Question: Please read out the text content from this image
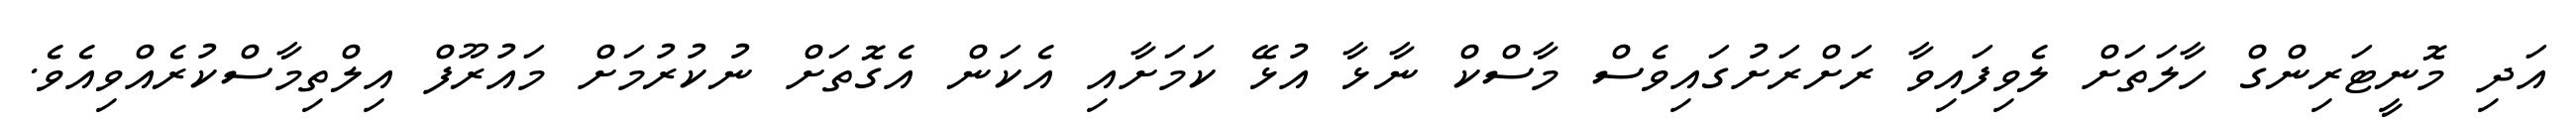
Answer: އަދި މޮނީޓަރިންގް ހާލަތަށް ލެވިފައިވާ ރަށްރަށުގައިވެސް މާސްކް ނާޅާ އުޅޭ ކަމަށާއި އެކަން އެގޮތަށް ނުކުރުމަށް މައުރޫފް އިލްތިމާސްކުރެއްވިއެވެ.